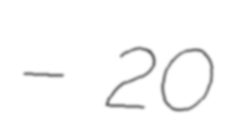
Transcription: – 20